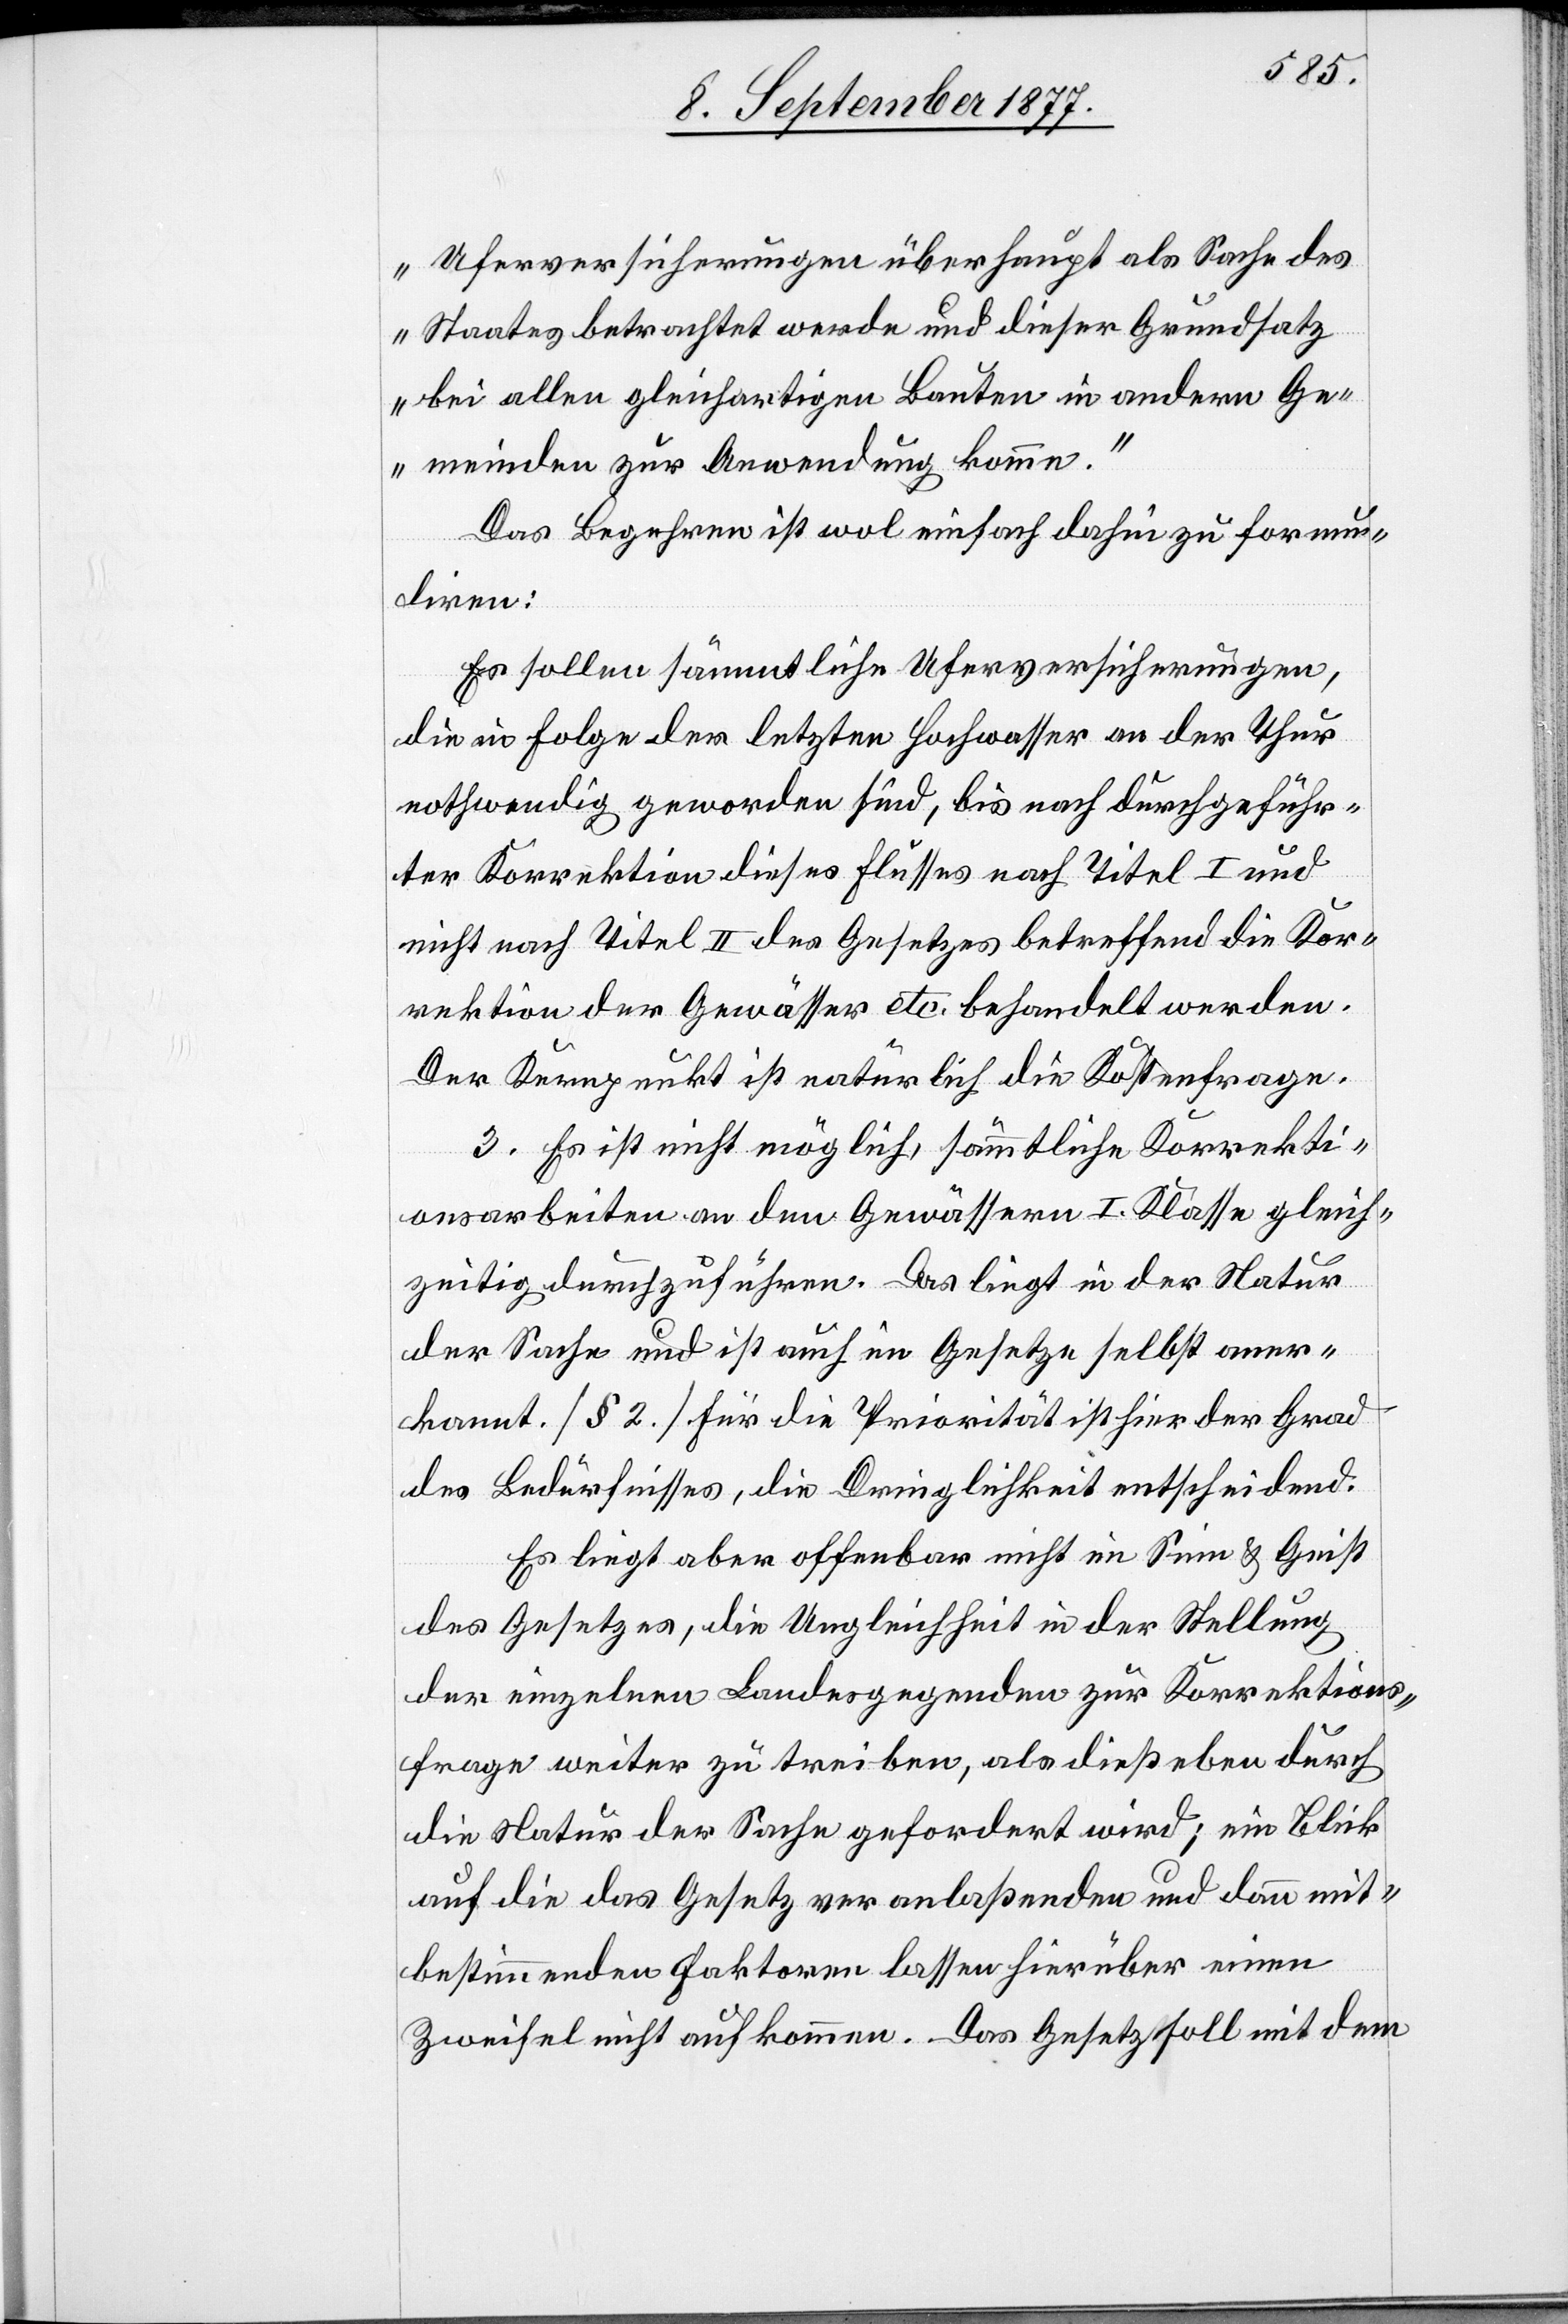
Uferversicherungen überhaupt als Sache des
Staates betrachtet werde und dieser Grundsatz
bei allen gleichartigen Bauten in andern Ge¬
meinden zur Anwendung komme.“
Das Begehren ist wol einfach dahin zu formu¬
liren:
Es sollen sämmtliche Uferversicherungen,
die in Folge der letzten Hochwasser an der Thur
nothwendig geworden sind, bis nach durchgeführ¬
ter Korrektion dieses Flusses nach Titel I und
nicht nach Titel II des Gesetzes betreffend die Kor¬
rektion der Gewässer etc. behandelt werden.
Der Kernpunkt ist natürlich die Kostenfrage.
3. Es ist nicht möglich, sämmtliche Korrekti¬
onsarbeiten an den Gewässern I. Klasse gleich¬
zeitig durchzuführen. Das liegt in der Natur
der Sache und ist auch im Gesetze selbst aner¬
kannt. [§ 2.] Für die Priorität ist hier der Grad
des Bedürfnisses, die Dringlichkeit entscheidend.
Es liegt aber offenbar nicht im Sinn & Geist
des Gesetzes, die Ungleichheit in der Stellung
der einzelnen Landesgegenden zur Korrektions¬
frage weiter zu treiben, als dieß eben durch
die Natur der Sache gefordert wird; ein Blick
auf die das Gesetz veranlaßenden und dann mit¬
bestimmenden Faktoren lassen hierüber einen
Zweifel nicht aufkommen. Das Gesetz soll mit dem